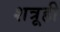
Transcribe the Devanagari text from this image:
शत्रूही